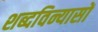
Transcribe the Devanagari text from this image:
शब्दविन्यासों